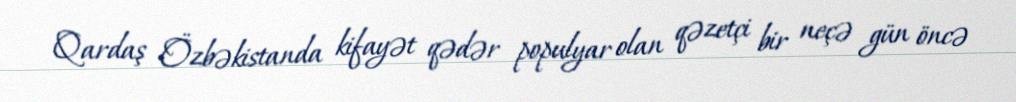
Qardaş Özbəkistanda kifayət qədər populyar olan qəzetçi bir neçə gün öncə